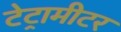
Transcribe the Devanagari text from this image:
टेट्रामीटर